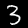
Label: 3